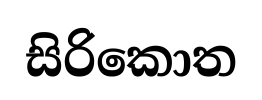
සිරිකොත